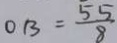
O B = \frac { 5 5 } { 8 }